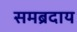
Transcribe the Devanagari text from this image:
समब्रदाय